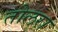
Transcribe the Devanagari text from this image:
तोलरा